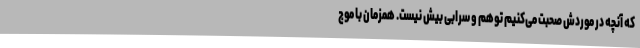
که آنچه در موردش صحبت می‌کنیم توهم و سرابی بیش نیست. همزمان با موج